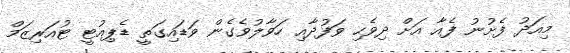
މިއަދު ފެށުނު ފެއާ އަށް ދިވެހި ވަފުދާއި ހަވާލުވެގެން ވަޑައިގަތީ ޑެޕިއުޓީ ޓުއަރިޒަމް